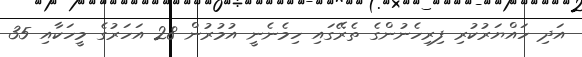
އަދި ހައްޔަރުކުރި ފިރިހެނުންގެ ތެރޭގައި ހިމެނެނީ އުމުރުން 28 އަހަރުގެ މީހަކާއި 35